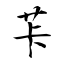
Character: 芐